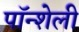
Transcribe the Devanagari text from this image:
पॉन्शेली